Report on sanitation, dispensaries, and jails in Rajputana for 1909, and on vaccination for the year 1909-1910 - 1909-1910
Year: 1909
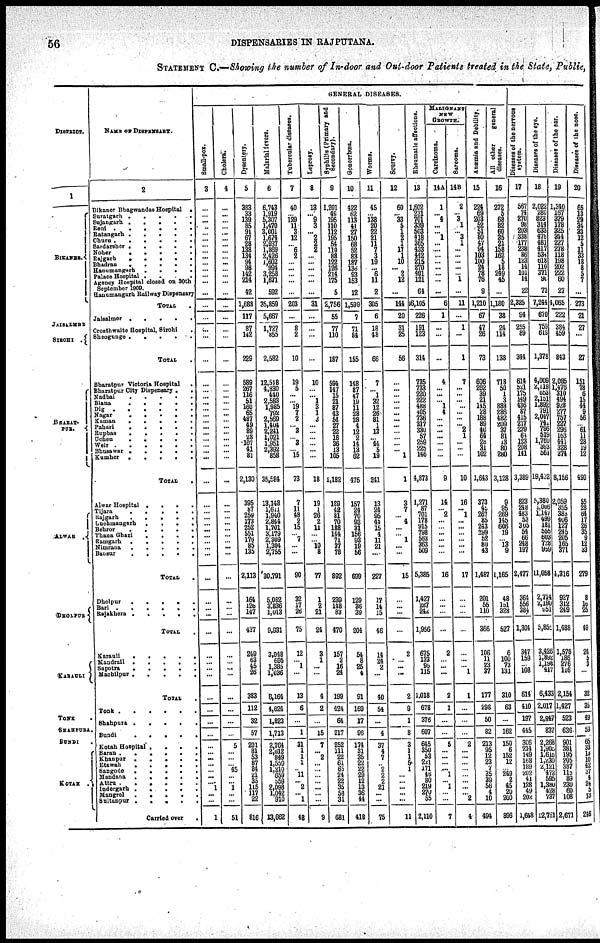
56
DISPENSARIES IN RAJPUTANA.
STATEMENT C.— Showing the number of In-door and Out-door Patients treated in the State, Public,
DISTRICT.
1
BIKANER.
JAISALMER
SIROHI .
BHARAT¬
PUR.
Alwar
DHOLPUR
KARAULI
KOTAH .
NAME OF DISPENSARY.
2
Bikaner Bhagwandas Hospital
.
Suratgarh
.
.
.
.
.
Sujangarh
.
.
.
.
.
.
Reni
.
.
.
.
.
.
Ratangarh
.
.
.
.
.
Churu
.
.
.
.
.
.
Sardarsher .
.
.
. .
Nohar
.
.
.
.
.
Rajgarh
.
.
.
.
.
Bhadran
.
.
.
. .
Hanumangarh
.
.
.
.
Palace Hospital . . . .
Agency Hospital closed on 30th
September 1909.
Hanumangarh Railway Dispensary
TOTAL .
Jaisalmer
.
.
.
.
.
Crosthwaite Hospital, Sirohi .
Sheogunge
.
.
.
.
.
TOTAL .
Bharatpur Victoria Hospital .
Bharatpur City Dispensary .
.
Nadbai
.
.
.
.
.
Biana
.
.
.
.
.
Dig
.
.
.
.
.
.
Nagar
.
.
.
.
.
Kaman
.
.
.
.
.
Pahari
.
.
.
.
.
Rapbas
.
.
.
.
.
Uchen
.
.
.
.
.
Weir
.
.
.
.
.
.
Bhusawar .
.
.
.
.
Kumher
.
.
.
.
.
TOTAL
.
Alwar Hospital .
.
.
.
Tijara
.
.
.
.
.
Rajgarh
.
.
.
.
.
Luchmengarh .
.
.
.
Behror
.
.
.
.
.
Thana Ghazi
.
.
.
.
Ramgarh
.
.
.
.
.
Nimrana
.
.
.
.
.
Bansur
.
.
.
.
.
TOTAL .
Dholpur
.
.
.
.
.
Bari
.
.
.
.
.
Rajakhera
.
.
.
.
.
TOTAL .
Karauli
.
.
.
.
.
Mandrall
.
.
.
.
.
Sapotra
.
.
.
.
.
Machlipur
.
.
.
.
.
TOTAL .
Tonk
.
.
.
.
.
.
Shahpura .
.
.
.
.
Bundi
.
.
.
.
.
Kotah Hospital . . . .
Baran .
.
.
.
.
.
Khanpur
.
.
.
.
.
Etawah
.
.
.
.
.
Sangode
.
.
.
.
.
Masdana .
.
.
.
.
Attru
.
.
.
.
.
.
Indorgarh
.
.
.
.
.
Mangrol
.
.
.
.
.
Sultanpur .
.
.
.
.
Carried over .
GENERAL DISEASES.
Small-pox.
3
...
... ...
...
...
... ...
... ...
... ...
... ...
...
...
...
...
...
...
...
...
...
...
...
...
...
... ...
...
...
...
...
...
...
...
...
... ...
...
...
...
...
...
...
... ...
...
...
...
...
...
...
...
...
...
...
...
...
... ...
...
... 1
...
...
1
Cholera.
4
...
... ...
... ...
...
...
...
... ...
...
...
...
...
...
...
...
...
...
...
...
...
...
...
...
...
... ...
...
...
...
...
...
...
...
...
... ...
...
...
...
...
...
...
...
...
...
...
...
...
...
...
...
...
...
...
...
...
... 45
...
... 1
...
...
51
Dysentary.
5
283
33
139
85
91
67
28
138
134
94
98
142
214
42
1,688
17
87
142
229
589
267 116
51
160
65
487
49
89
28
107
41
81
2,130
395
87
259
173
252
551
176
85
135
2,113
164
126
147
437
249
63
45
26
383
112
32
57
201
81
53
87
84
21
35
115
117 ...
816
Malerial fevers.
6
6,743
1,919
5,307
1,470
3,001
1,674
2,937
1,869
2,426
1,602
994
3,258
1,671
592
35,859
5,667
1,727
855
2,582
12,518
4,830
440
2,583
1,985
792
2,569
1,404
2,241
1,021
1,951
2,392
858
35,584
13,143
1,611
1,940
2,844
1,701
3,179
2,309
1,304
2,755
30,791
5,082
3,836
1,013
9,931
3,048
695
1,385
1,036
6,164
4,624
1,823
1,713
2764
2,012
849
1,550
1,210
659
559
2,098
1,042
910
13,662
Tubercular diseases.
7
40
... 129
11
3
12
... 6
2
... ...
...
...
...
203
...
8
2
10
19
5
...
... 19
7
2
... 3
... 3
... 15
73
7
11
48
2
15
... 7
...
...
90
32
17
268
75
12
... 1
...
13
6
...
1
31
1
1
1
... 11
... 2
... 1
48
Laprosy.
8
13
... 9
3
... 2
2
2
...
...
...
...
...
...
31
...
...
...
...
10
...
... 1
3
1
3
... ...
...
...
...
...
18
19
1
26
2
11
...
... 10
8
77
1
2
21
24
3
1
...
...
4
2
...
15
7
2
... ...
...
...
...
...
...
9
Syphilis
(Primary and
Secondary).
9
1,201
49
195
110
112
195
54
110
88
122
126
214
175
5
2,756
55
77
110
187
594
147
15
21
87
43
54
27
22
18
36
13
105
1,182
189
42
81
70 188
144
71
37
78
892
239
148
83
470
157
2
15
24
199
424
64
217
252
111
22
61
65
24
22
35
58
31
681
Gonorrhœa.
10
422
62
113
41
27
150
... 52
83
187
136
93
153
12
1,599
7
71
84
155
148
87
47
19
11
28
28
4
12
2
14
13
62
475
157
24
70
93 31
156
93
19
56
699
129
36
39
204
54
8
25
4
91
169
17
96
174
31
35
22
22
29
12
13
36
44
418
Worms.
11
45
... 138
20
22
21
11
7
3
19
... 6
11
2
305
6
18
48
66
7
... 1
32
12
26
81
1
13
... 44
5
19
241
13
24
95
44
15
4
11
21
...
227
17
14
15
46
14
24
2
...
40
54
...
4
37
4
7
... 2
2
2
21
...
...
75
Scurry.
12
60
... 33
5
1
2
1
17
1
10
... 2
12
...
144
20
31
25
56
...
...
...
...
...
...
...
... ...
...
...
... 1
1
3
7
... 4
...
... 1
...
...
15
...
... ...
...
2
... ...
...
2
9
1
8
3
1
1
5
1
...
...
...
... ...
11
Rheumatic affections.
13
1,602
231
701
239
503
418
365
433
442
215
270
401
121
64
6,105
226
191
123
314
725
733
220
222
488
405
736
317
330
57
259
225
146
4,872
1,271
87
701
178
195
798
563
363
509
5,385
1,427
287
242
1,956
675
133
95
115
1,018
678
376
607
645
350
53
221
171
46
80
219
270 55
2,110
MALIGNANT
NEW
GROWTH.
Carcinoma.
14A
1
... 4
...
... 1
...
...
...
... ...
...
...
...
6
1
...
...
...
4
...
...
... 1
4
...
... ...
...
...
...
...
9
14
... 2
... ...
...
... ...
...
16
...
...
...
...
2
...
...
...
2
1
...
...
5
...
...
...
... 1
... 1
...
...
7
Sarcoma.
14B
2
... 3
1
... 3
1
...
...
...
...
... 1
...
11
...
1
...
1
7
...
...
...
...
...
...
2
...
1
...
...
...
10
16
... 1
... ...
...
...
...
...
17
...
...
...
...
...
...
... 1
1
...
...
...
2
...
...
... ...
...
...
...
... ...
4
Anæmia and Debility.
15
224
69
203
52
51 80
47
94
103
100
24
78
76
9
1,210
67
47
26
73
606
262
39
21
145
28
188
89
40
64
28
31
102
1,643
373
45
267
85
243
299
52
80
43
1,487
201
55
110
366
106
11
23
37
177
298
50
82
213
95
12
23
7
35
39
56
4
10
494
All other
general
diseases.
16
272
5
68
82
60
35
21
158
162
5
18
249
45
...
1,180
38
24
114
138
718
50
1
3
888
286
482
209 37
81
13
80
280
3,128
9
95
269
145 606
19
... 13
9
1,165
48
181
328
527
6
100
73
131
310
63
...
162
150
6
152
12
... 249
2
45
20
200
896
Diseases of the nervous
system.
17
567
74 270
98
203
338
177
238
86
123
14
101
14
22
2,325
94
255
89
344
614
521
175
149
436
87
415
217
239
64
123
208
141
3,389
823
248
483
53
305
54
66
248
197
2,477
364
556
384
1,304
347
159
... 108
614
410
197
445
306
214
149
168
189
202
41
128
49
202
1,648
Diseases of the eye.
18
2,022
280
822
314
633
478
481
417
534
618
110
371
90
73
7,244
670
759
619
1,378
4,009
2,119
653
2, 151
1,892
791
2,047
741
796
519
1,760
393
561
19,442
5,380
1,006
1,147 499 181
555
603
728
959
11,058
2,714
2,l90
851
5,854
3,426
1,892
1,198
417
6,433
2,017
2,847
837
2,268
1,903
1,615
l,230
2,121
472
595
1,360
428
737
12,751
Diseases
of the ear.
19
1,340
167
279
178
325
344
227
278
118
198
202
222
60
27
1,065
222
384
459
843
2,085
1,476
310 494
928
277
757
227
296
163
441
328
374
8,156
2,059
355
383
406
127
245 205
165
371
1,316
927
312
249
1,488
1,576
188
276
116
2,154
1,427
523
636
901
381
195
205
387
115
89
230
60
108
2,671
Diseases of the nose.
20
65
13
79
34
33
12
5
11
33
18
8
5
7
...
273
21
27
...
27
151
78
6
15
44
9
56
... 61
11
28
19
12
490
55
28
64
17
26
35
9
12
33
279
3
16
25
49
24
5
3
...
32
35
49
53
65
33
13
10 42
37
4
24 5
13
248